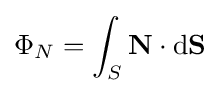
\Phi _{N}=\int _{S}\mathbf {N} \cdot \mathrm {d} \mathbf {S} \,\!